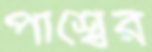
পার্শ্বের